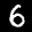
Label: 6